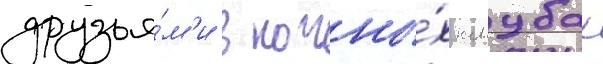
друзья́м'и в ночны́х клубах